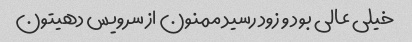
خیلی عالی بود و زود رسید ممنون از سرویس دهیتون